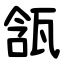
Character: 㼨